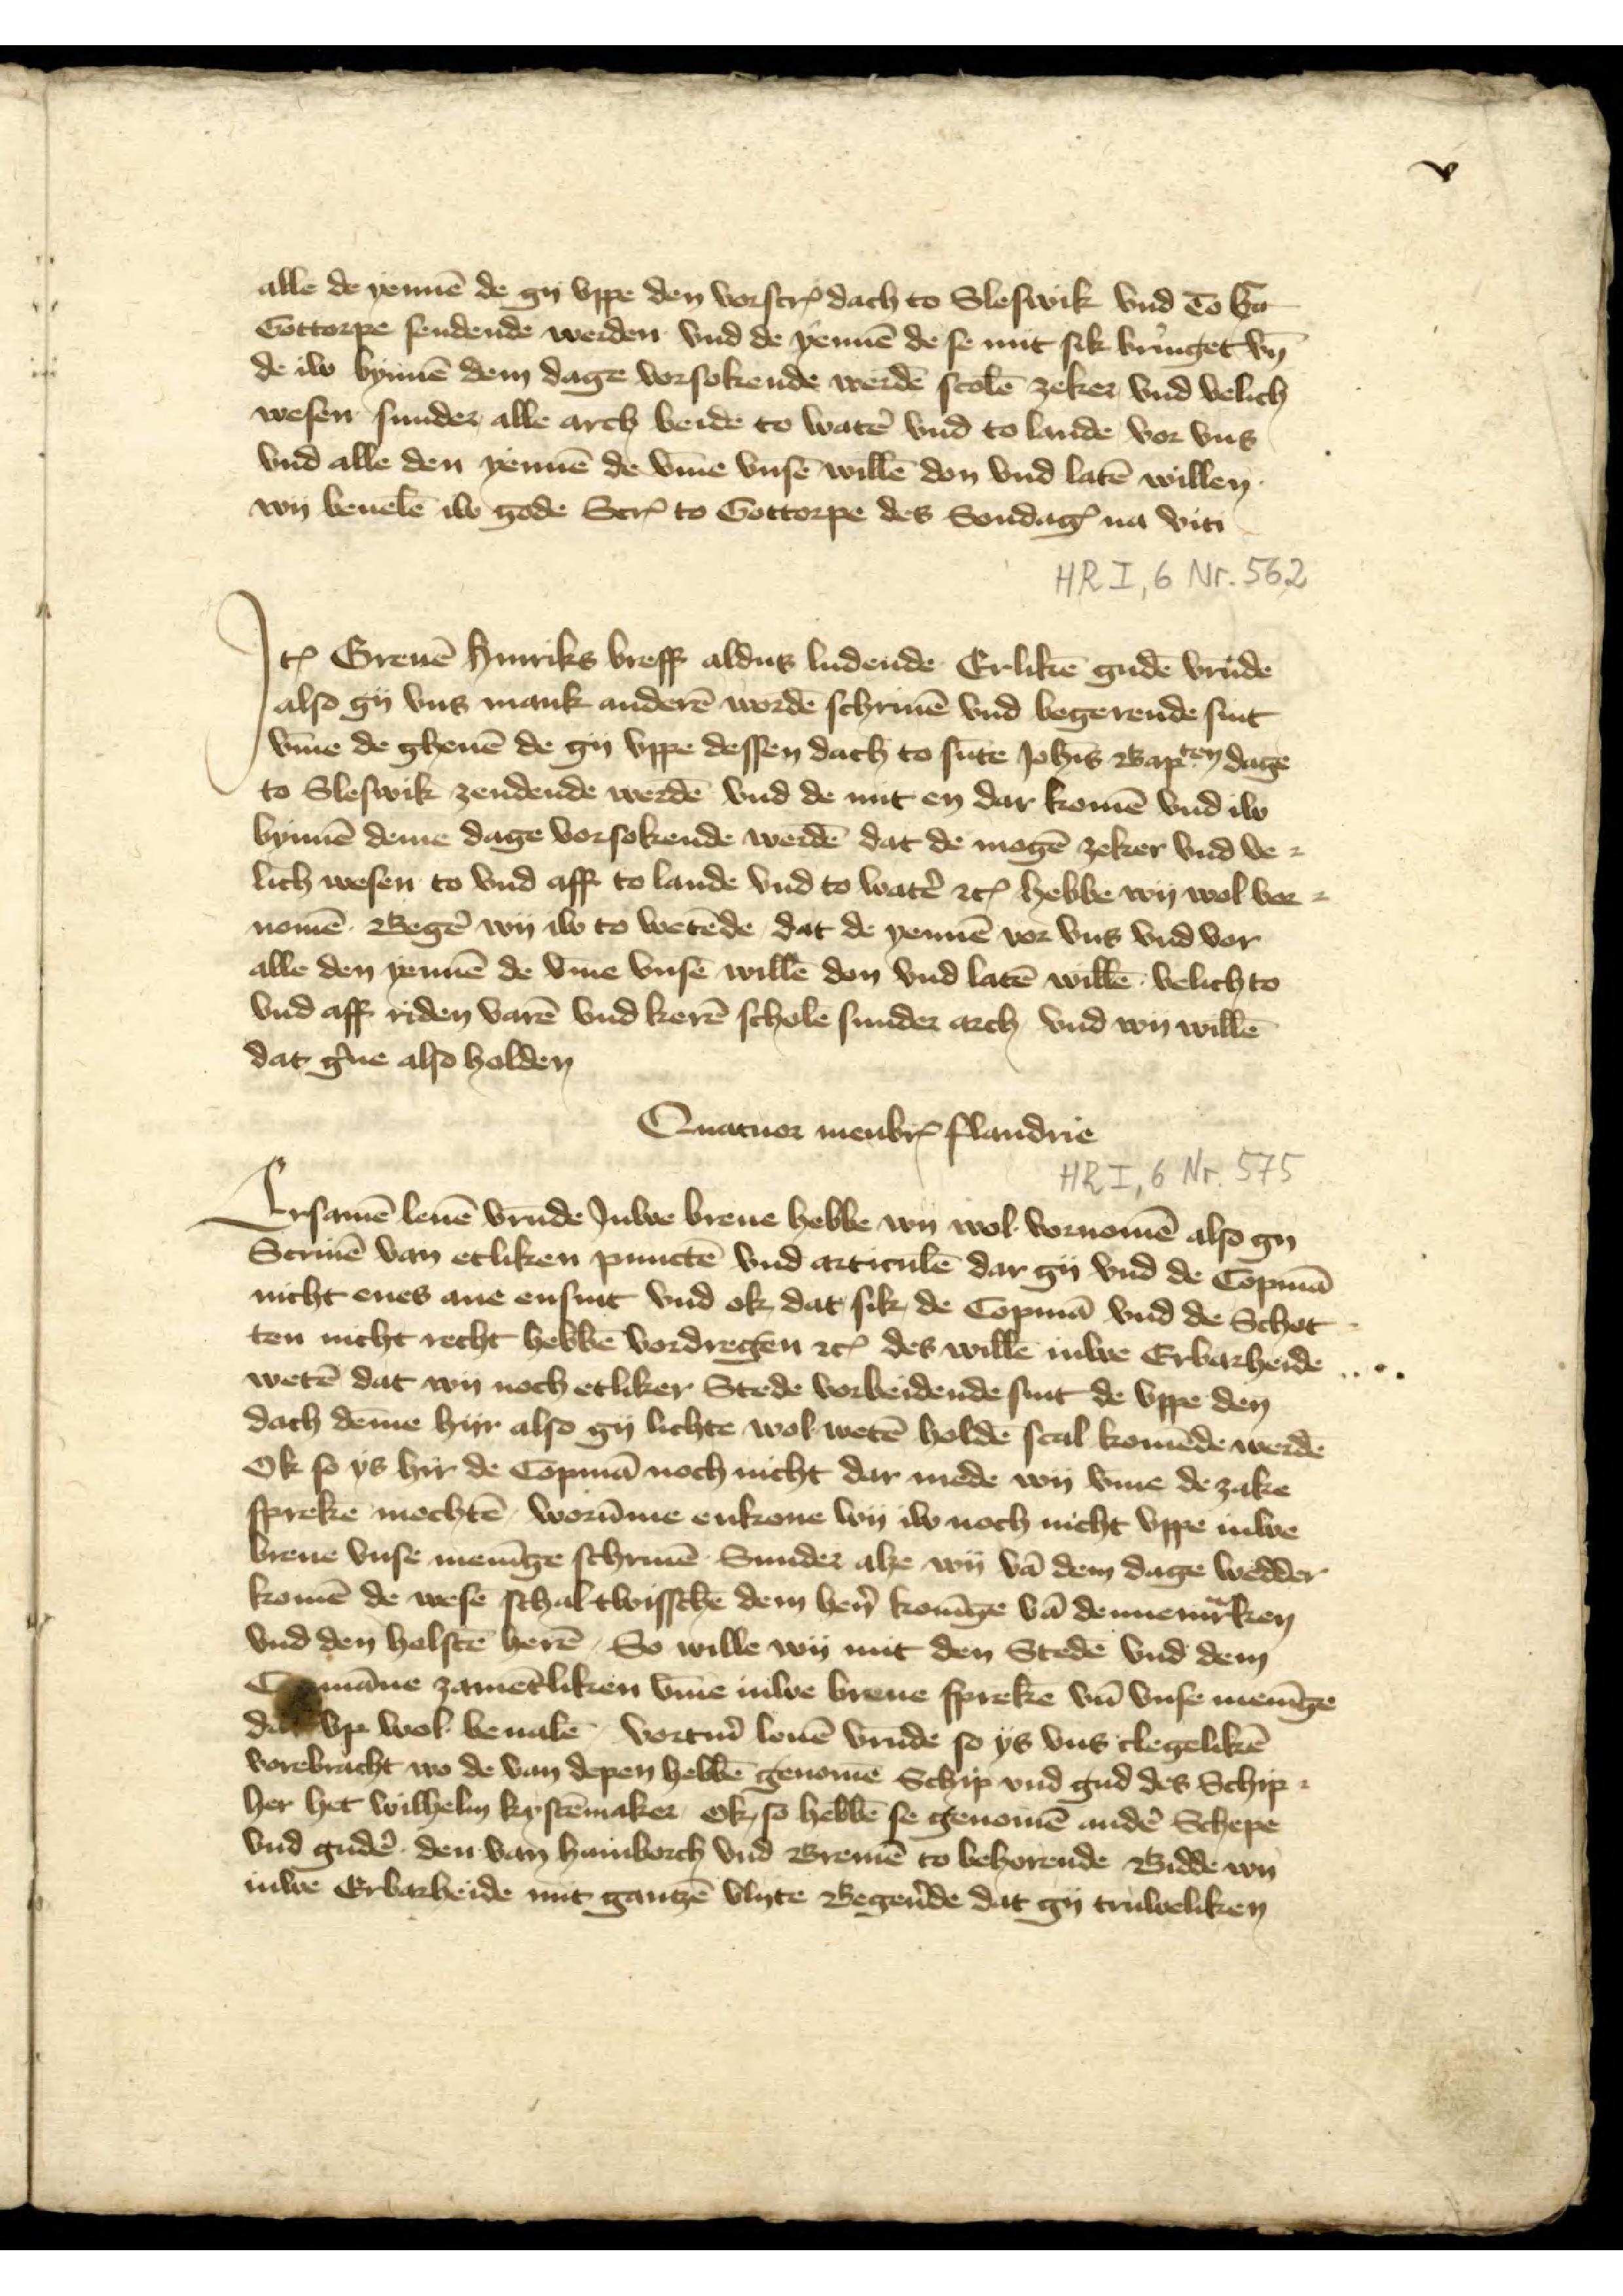
v

alle de yennē de gy vppe den vorscrꝬ dach to Sleswik vnd To hā
Gottorpe sendende werden vnd de yennē de se mit sik bringet vn̄
de iw bynnē dem dage vorsokende werdē scolē zeker vnd velich
wesen sunder alle arch beide to watẻ vnd to lande vor vns
vnd alle den yennē de v̄me vnsē willē don vnd latē willen
wy beuelē iw gode ScrꝬ to Gottorpe des SondagꝬ na viti

Jꝷ Greuē Hynriks breff aldus ludende Erlikē gudē vrūde
also gy vns mank anderē wordē schriuē vnd begerende sint
v̄me de gheuē de gy vppe dessen dach to sūte Joh̄is Bapten dage
to Sleswik zendende werdē vnd de mit en dat komē vnd iw
bynnē deme dage vorsokende werdē dat de mogē zeker vnd ve¬
lich wesen to vnd aff to lande vnd to watẻ etꝬ hebbe wy wol vor¬
nomē Begẻ wy iw to wetēde dat de yennē vor vns vnd vor
alle den yennē de v̄me vnsē willē den vnd latē willē velich to
vnd aff riden varē vnd kerē schole sunder arch vnd ey willē
dat g̉ne also holden

Quator menbrꝬ flandrie
Ersamē leuē vrūde Jwe breue hebbe ey wol vornomē also gy
Scriuē van etliken punctē vnd articulē dar gy vnd de Copmā
nicht enes ane ensint vnd ok dat sik de Copmā vnd de Schot¬
ten nicht recht hebbē vordregen etꝬ des willē Juwe Erbarheide
wetē dat wy noch etliker Stede vorbeidende sint de vppe den
dach dēme hyr also gy lichte wol wetē holdē scal komēde werdē
Ok so ys hyr de Copmā noch nicht dar mede ey v̄me de zake
spreke mochtē worūme enkone wy iw noch nicht vppe Juwe
breue vnse menīge schriuē Sunder alze wy vā dem dage wedder 
komē de wese schal twisschē dem hẻn Konīge vā Dennemͣrken
vnd den Holstē herē, So wille wy mit den Stedē vnd dem
Copmāne zamētliken v̄me Juwe breue sprekē vn̄ vnse menīge
dar wol beualen, vortm̉ leuē vrūde so ys vns clegelikē
vorebracht wo de van depen hebbē genomē Schip vnd gud des Schip¬
her her Wilhelm Kystēmaker ok so hebbē se genomē andẻ Schepe
vnd gudẻ den van Hamborch vnd Bremē to behorende Bidde wy
Juwe Erbarheide mit gantzē vlyte Begẻnde dat gy truweliken